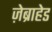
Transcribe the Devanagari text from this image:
ज़ेब्राहेड